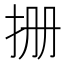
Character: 𪭪